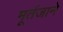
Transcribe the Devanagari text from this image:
मूर्तजाने